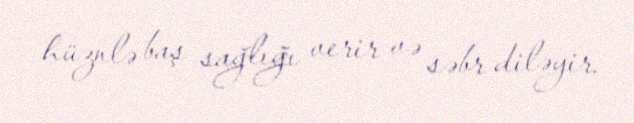
hüznlə baş sağlığı verir və səbr diləyir.